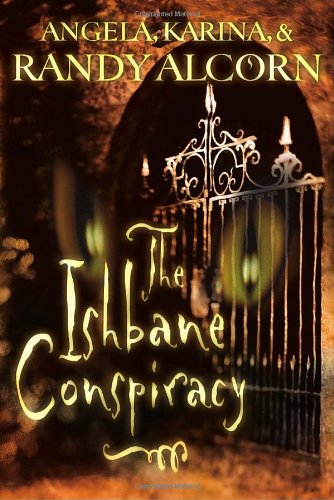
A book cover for The Ishbane Conspiracy; Randy Alcorn; Religion & Spirituality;